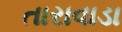
તારાવાડા